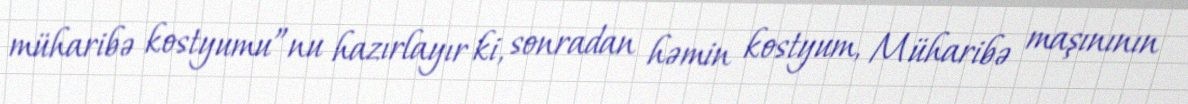
müharibə kostyumu”nu hazırlayır ki, sonradan həmin kostyum, Müharibə maşınının